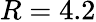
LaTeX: R=4.2